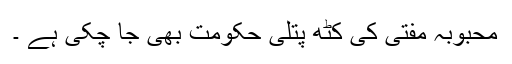
محبوبہ مفتی کی کٹھ پتلی حکومت بھی جا چکی ہے ۔